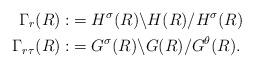
LaTeX: \begin{align*}\Gamma_r(R):&=H^{\sigma}(R) \backslash H(R) /H^{\sigma}(R)\\ \Gamma_{r\tau}(R):&=G^{\sigma}(R) \backslash G(R) /G^{\theta}(R).\end{align*}